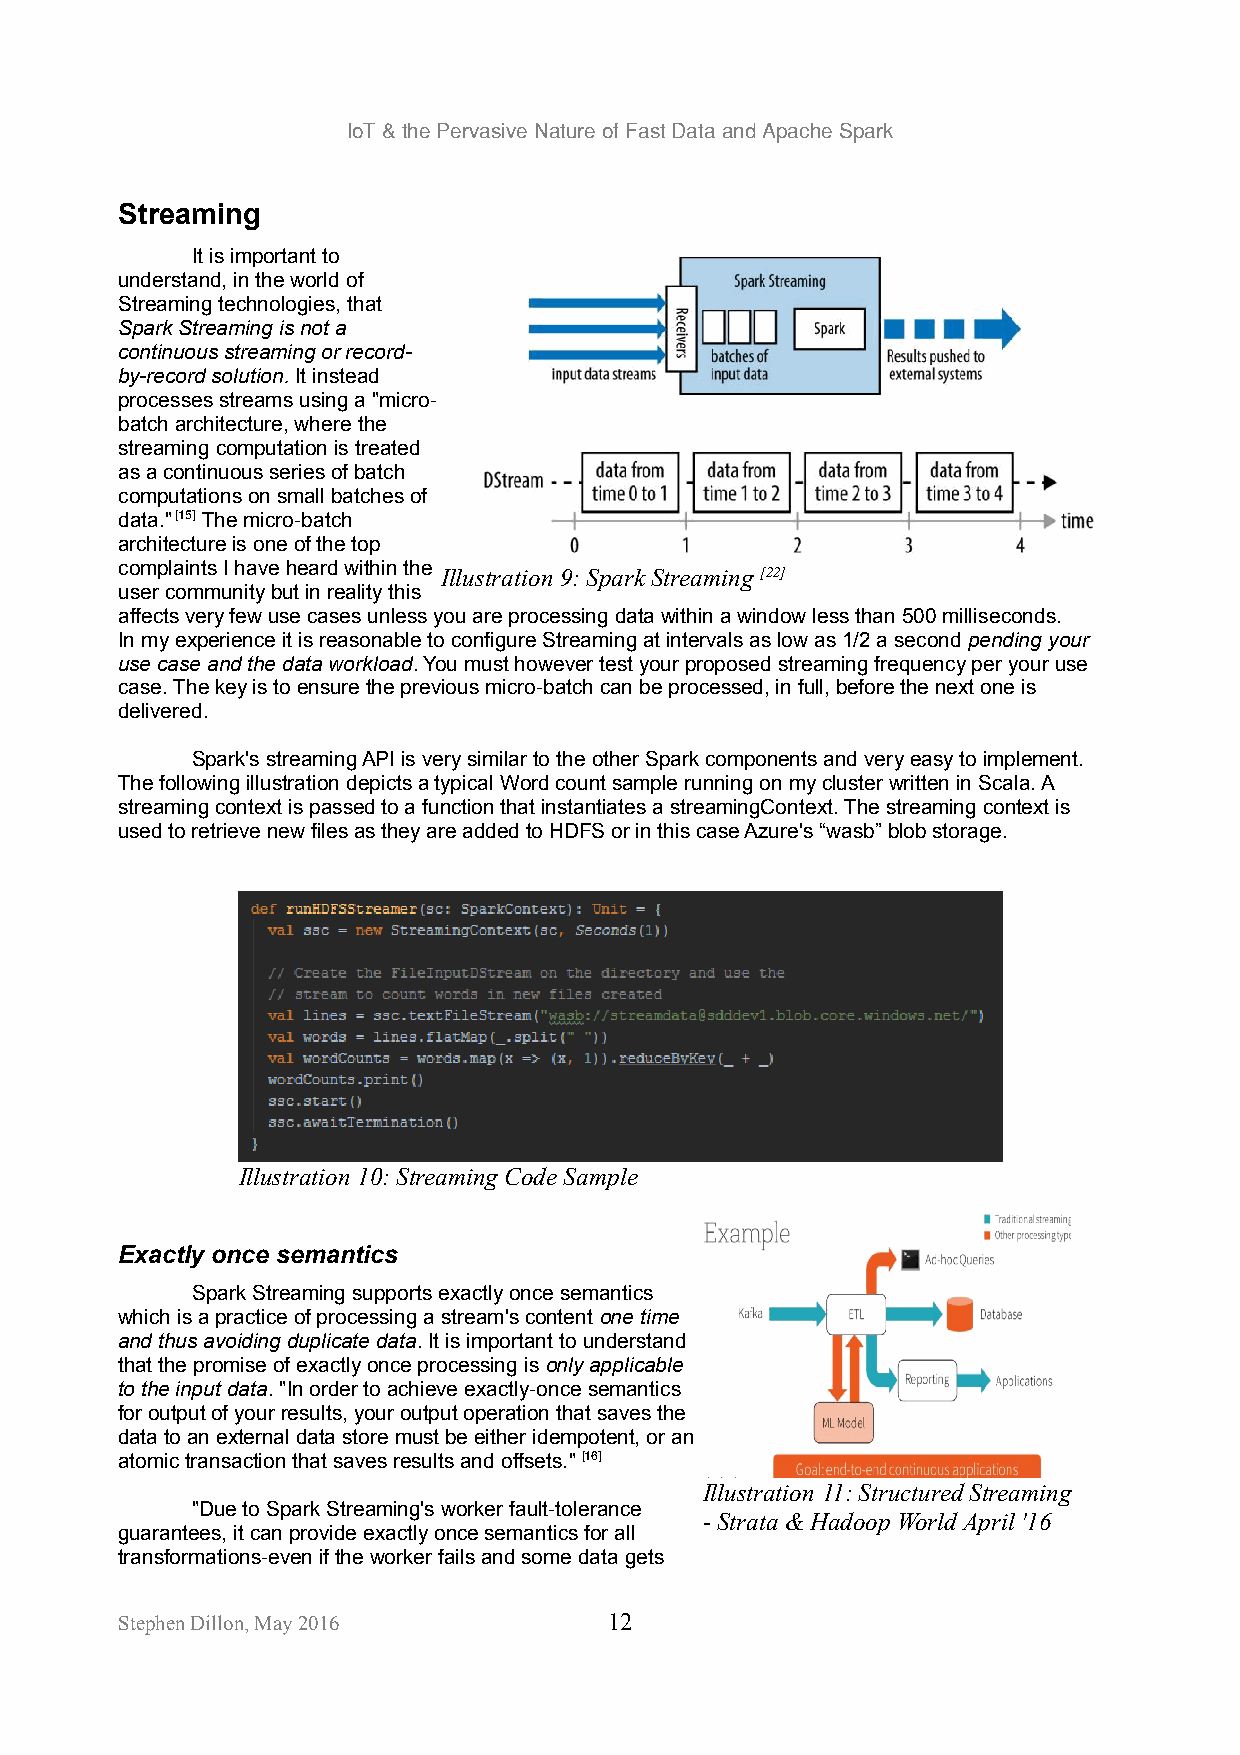
IoT & the Pervasive Nature of Fast Data and Apache Spark
 Streaming
 It is important to
 understand, in the world of
 Streaming technologies, that
 Spark Streaming is not a
 continuous streaming or record-
 by-record solution. It instead
 processes streams using a "micro-
 batch architecture, where the
 streaming computation is treated
 as a continuous series of batch
 computations on small batches of
 data." [15] The micro-batch
 architecture is one of the top
 complaints I have heard within the
 Illustration 9: Spark Streaming [22]
 user community but in reality this
 affects very few use cases unless you are processing data within a window less than 500 milliseconds.
 In my experience it is reasonable to configure Streaming at intervals as low as 1/2 a second pending your
 use case and the data workload. You must however test your proposed streaming frequency per your use
 case. The key is to ensure the previous micro-batch can be processed, in full, before the next one is
 delivered.
 Spark's streaming API is very similar to the other Spark components and very easy to implement.
 The following illustration depicts a typical Word count sample running on my cluster written in Scala. A
 streaming context is passed to a function that instantiates a streamingContext. The streaming context is
 used to retrieve new files as they are added to HDFS or in this case Azure's “wasb” blob storage.
 Illustration 10: Streaming Code Sample
 Exactly once semantics
 Spark Streaming supports exactly once semantics
 which is a practice of processing a stream's content one time
 and thus avoiding duplicate data. It is important to understand
 that the promise of exactly once processing is only applicable
 to the input data. "In order to achieve exactly-once semantics
 for output of your results, your output operation that saves the
 data to an external data store must be either idempotent, or an
 atomic transaction that saves results and offsets." [16]
 Illustration 11: Structured Streaming
 "Due to Spark Streaming's worker fault-tolerance
 - Strata & Hadoop World April '16
 guarantees, it can provide exactly once semantics for all
 transformations-even if the worker fails and some data gets
 Stephen Dillon, May 2016        12